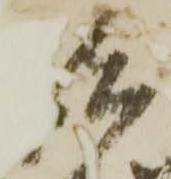
諸